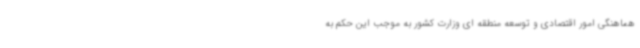
هماهنگی امور اقتصادی و توسعه منطقه ای وزارت کشور به موجب این حکم به